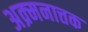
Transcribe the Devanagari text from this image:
अक्र्मनात्तक